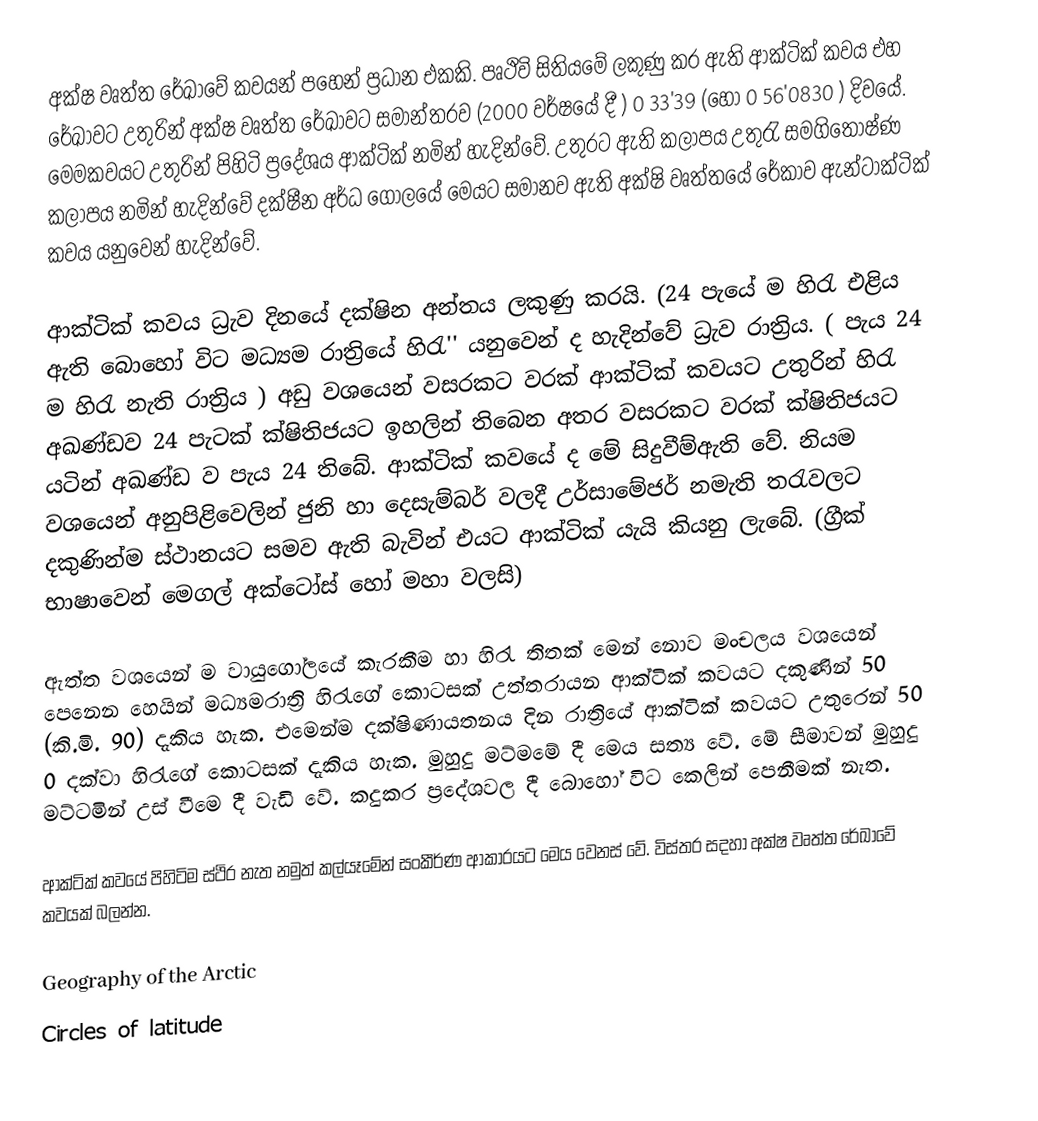
අක්ෂ වෘත්ත රේඛාවේ කවයන් පහෙන් ප්‍රධාන එකකි. පෘථිවි සිතියමේ ලකුණු කර ඇති ආක්ටික් කවය එහ රේඛාවට  උතුරින් අක්ෂ වෘත්ත රේඛාවට සමාන්තරව (2000 වර්ෂයේ දී ) ‍0 33'39  (හෝ ‍0 56'0830 ) දිවයේ. මෙමකවයට උතුරින් පිහිටි ප්‍රදේශය ආක්ටික් නමින් හැදින්වේ. උතුරට ඇති කලාපය උතුරැ සමගිතෝෂ්ණ කලාපය නමින් හැදින්වේ දක්ෂීන අර්ධ ගෝලයේ මෙයට සමානව ඇති අක්ෂි වෘත්තයේ රේකාව ඇන්ටාක්ටික් කවය යනුවෙන් හැදින්වේ.

ආක්ටික් කවය ධ්‍රැව දිනයේ දක්ෂින අන්තය ලකුණු කරයි. (24 පැයේ ම හිරැ එළිය ඇති බොහෝ විට මධ්‍යම රාත්‍රියේ  හිරැ'' යනුවෙන් ද හැදින්වේ ධ්‍රැව රාත්‍රිය. ( පැය 24 ම හිරැ නැති රාත්‍රිය ) අඩු  වශයෙන් වසරකට වරක් ආක්ටික් කවයට උතුරින් හිරැ අඛණ්ඩව 24 පැටක් ක්ෂිතිජයට ඉහලින් තිබෙන අතර වසරකට වරක් ක්ෂිතිජයට යටින් අඛණ්ඩ ව පැය 24 තිබේ. ආක්ටික් කවයේ ද මේ සිදුවීම්ඇති වේ. ‍නියම වශයෙන් අනුපිළිවෙලින් ජුනි හා දෙසැම්බර් වලදී උර්සාමේජර් නමැති තරැවලට දකුණින්ම ස්ථානයට සමව ඇති බැවින් එයට ආක්ටික් යැයි කියනු ලැබේ. (ග්‍රීක් භාෂාවෙන් මෙගල් අක්ටෝස් හෝ මහා වලසි)

ඇත්ත වශයෙන් ම වායුගෝලයේ කැරකීම හා හිරැ තිතක් මෙන් නොව මංචලය වශයෙන් පෙනෙන හෙයින් මධ්‍යමරාත්‍රි හිරැගේ කොටසක් උත්තරායන ආක්ටික් කවයට දකුණින් 50 (කි.මි. 90) දැකිය හැක. එමෙන්ම දක්ෂිණායතනය දින රාත්‍රියේ ආක්ටික් කවයට උතුරෙන් 50 0 දක්වා හිරැගේ කොටසක් දැකිය හැක. මුහුදු මට්මමේ දී මෙය සත්‍ය වේ. මේ සීමාවන් මුහුදු මට්ටමින් උස් වීමෙ දී  වැඩි වේ. කදුකර ප්‍රදේශවල දී බොහෝ විට කෙලින් පෙනීමක් නැත.

ආක්ටික් කවයේ පිහිටිම ස්ථිර නැත නමුත් කල්යෑමේන් සංකීර්ණ ආකාරයට මෙය වෙනස් වේ. විස්තර සදහා අක්ෂ වෘත්ත රේඛාවේ කවයක් බලන්න.

Geography of the Arctic
Circles of latitude